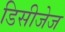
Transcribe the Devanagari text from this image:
डिसीजेज